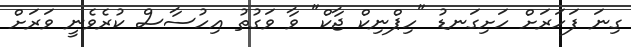
ގިނަ ފަހަރަށް ހަށިގަނޑު "ހިޕްނިކް ޖާކް" ވާ ވަގުތު އިހުސާސް ކުރެވެނީ ވަރަށް